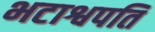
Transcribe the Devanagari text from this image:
भटाश्वपति